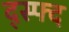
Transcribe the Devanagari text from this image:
द्स्फ्द